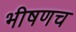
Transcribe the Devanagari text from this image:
भीषणच